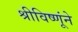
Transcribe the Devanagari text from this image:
श्रीविष्णूंने